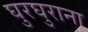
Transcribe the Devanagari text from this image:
घुरघुराना